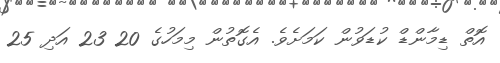
އޮތް ޑިމާންޑް ކުޑަވުން ކަމަށެވެ. އެގޮތުން މިމަހުގެ 20 23 އަދި 25